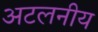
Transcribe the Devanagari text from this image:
अटलनीय